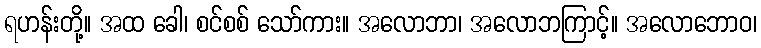
ရဟန်းတို့။ အထ ခေါ၊ စင်စစ် သော်ကား။ အလောဘာ၊ အလောဘကြာင့်။ အလောဘောဝ၊